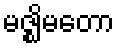
မဇ္ဈိမတော